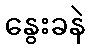
နွေးခနဲ